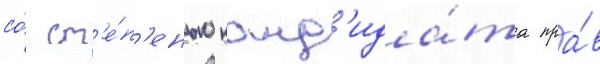
со́ ст'е́п'енью канд'ида́та пра́в